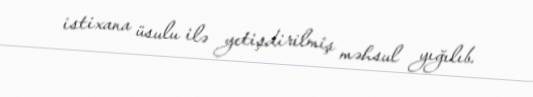
istixana üsulu ilə yetişdirilmiş məhsul yığılıb.